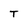
Character: T